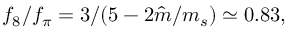
f _ { 8 } / f _ { \pi } = 3 / ( 5 - 2 \hat { m } / m _ { s } ) \simeq 0 . 8 3 ,